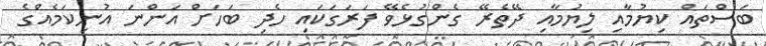
ބަސްތައް ކިޔުމާއި ލިޔުމާއި ދޭތެރޭ ގެންގުޅެވޭ ފަރަގަކައި ހެދި ބަހަށް އަންނަ އުނިކަމެއްގެ